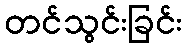
တင်သွင်းခြင်း